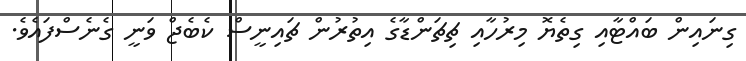
ގިނައިން ބައްޓާއި ގިތެޔޮ މިރުހާއި ޗިޗަންޑާގެ އިތުރުން ޗައިނީސް ކެބެޖް ވަނީ ގެނެސްފައެވެ.